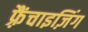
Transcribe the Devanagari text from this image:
फ़्रैंचाइज़िंग